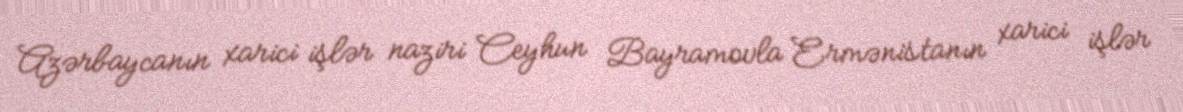
Azərbaycanın xarici işlər naziri Ceyhun Bayramovla Ermənistanın xarici işlər